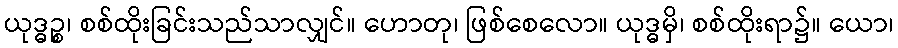
ယုဒ္ဓဉ္စ၊ စစ်ထိုးခြင်းသည်သာလျှင်။ ဟောတု၊ ဖြစ်စေလော။ ယုဒ္ဓမှိ၊ စစ်ထိုးရာ၌။ ယော၊